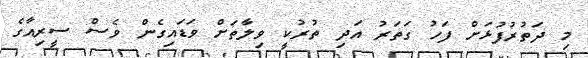
މި ދަތުރުފުޅަށް ފަހު ގަތަރު އަދި ތުރުކީ ވިލާތަށް ވަޑައިގެން ވެސް ސީރިއާގެ